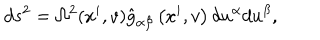
LaTeX: d s ^ { 2 } = \Omega ^ { 2 } ( x ^ { i } , v ) \hat { { g } } _ { \alpha \beta } \left( x ^ { i } , v \right) d u ^ { \alpha } d u ^ { \beta } ,